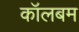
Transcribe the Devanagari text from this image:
कॉलबम